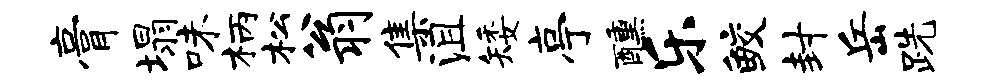
膏塌味柄松翁集沮矮亭醺乐鲛封岳跣